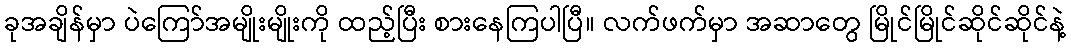
ခုအချိန်မှာ ပဲကြော်အမျိုးမျိုးကို ထည့်ပြီး စားနေကြပါပြီ။ လက်ဖက်မှာ အဆာတွေ မြိုင်မြိုင်ဆိုင်ဆိုင်နဲ့